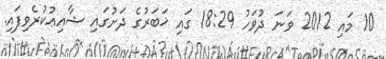
10 މައި 2012 ވަނަ ދުވަހު 18:29 ގައި ޚަބަރުގެ ދަށުގައި ޝާއިޢުކުރެވިފައި.